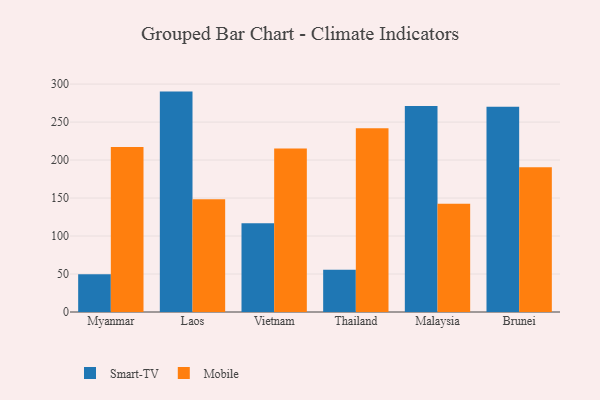
{"axis": {"x": "Country", "y": "Net Income (USD K)"}, "legend": ["Mobile", "Smart-TV"], "data": [{"x": "Myanmar", "y": 49.8, "type": "Smart-TV"}, {"x": "Myanmar", "y": 217.3, "type": "Mobile"}, {"x": "Laos", "y": 290.1, "type": "Smart-TV"}, {"x": "Laos", "y": 148.4, "type": "Mobile"}, {"x": "Vietnam", "y": 116.9, "type": "Smart-TV"}, {"x": "Vietnam", "y": 215.2, "type": "Mobile"}, {"x": "Thailand", "y": 55.6, "type": "Smart-TV"}, {"x": "Thailand", "y": 241.8, "type": "Mobile"}, {"x": "Malaysia", "y": 271.3, "type": "Smart-TV"}, {"x": "Malaysia", "y": 142.4, "type": "Mobile"}, {"x": "Brunei", "y": 270.2, "type": "Smart-TV"}, {"x": "Brunei", "y": 190.6, "type": "Mobile"}]}